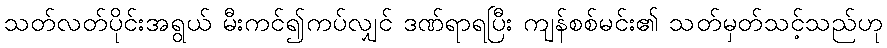
သတ်လတ်ပိုင်းအရွယ် မီးကင်၍ကပ်လျှင် ဒဏ်ရာရပြီး ကျန်စစ်မင်း၏ သတ်မှတ်သင့်သည်ဟု